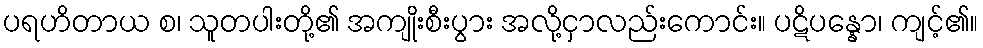
ပရဟိတာယ စ၊ သူတပါးတို့၏ အကျိုးစီးပွား အလို့ငှာလည်းကောင်း။ ပဋိပန္နော၊ ကျင့်၏။